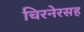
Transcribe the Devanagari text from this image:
चिरनेरसह